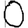
Digit: 0